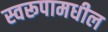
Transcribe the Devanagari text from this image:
स्वरूपामधील